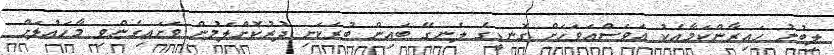
ލިބުނު ހައިރާންކަމާއެކު އަވަސްއަވަހަށް ގޮނޑީގެ ލެނގޭ ބައިން ބުރަކަށި ދުރުކޮށްލަމުން ވަށައިގެންވި މާހައުލަށް